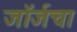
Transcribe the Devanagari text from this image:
जॉर्जचा